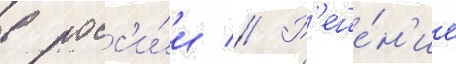
в росс'и́и // Р'еше́н'ие